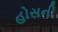
હોસની